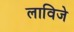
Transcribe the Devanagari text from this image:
लाविजे